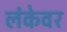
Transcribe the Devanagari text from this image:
लंकेवर